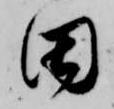
田